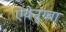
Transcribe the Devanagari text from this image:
ऐयेनुग्बा